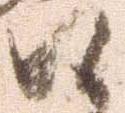
候